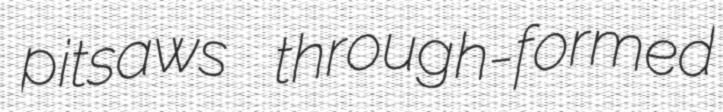
pitsaws through-formed